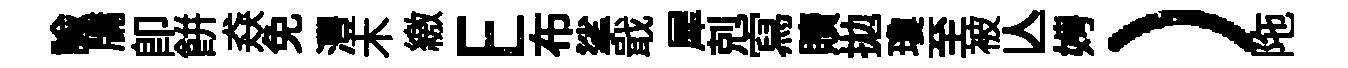
諭牗卽餅猋免灃木繳E布挲戢犀剋寫贖拋瓊至被亾娉）陁